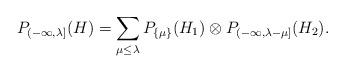
LaTeX: \begin{align*}P_{(-\infty,\lambda]}(H)=\sum_{\mu \leq \lambda} P_{\{\mu\}}(H_1) \otimes P_{(-\infty,\lambda-\mu]}(H_2).\end{align*}